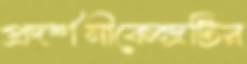
প্রদর্শনীকেন্দ্রটির